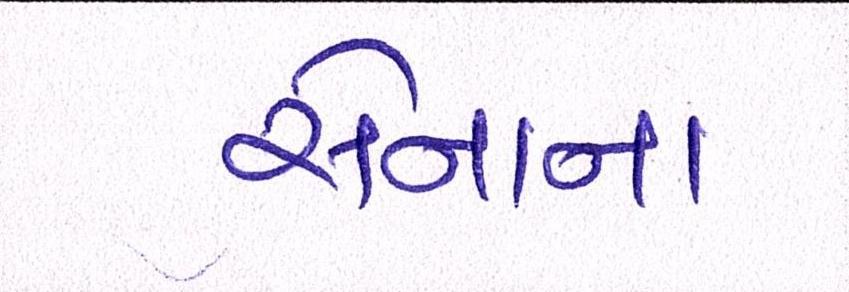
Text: સેનાના